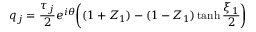
q _ { j } = \frac { \tau _ { j } } { 2 } e ^ { i \theta } \bigg ( ( 1 + Z _ { 1 } ) - ( 1 - Z _ { 1 } ) \operatorname { t a n h } \frac { \xi _ { 1 } } { 2 } \bigg )